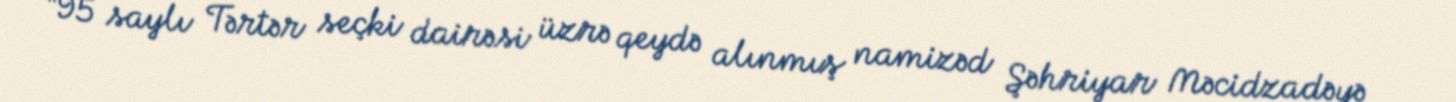
“95 saylı Tərtər seçki dairəsi üzrə qeydə alınmış namizəd Şəhriyar Məcidzadəyə